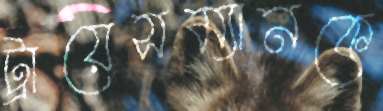
ট্রায়েসম্যানকে